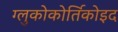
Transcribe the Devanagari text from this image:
ग्लुकोकोर्तिकोइद